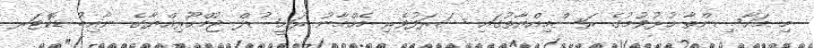
މި މަހާސިންތާ ހުޅުވުމުގެ ރަސްމިއްޔާތުގައި ޝަރަފުވެރި މެހްމާނު ރައީސުލް ޖުމްހޫރިއްޔާގެ ނާއިބު ޑޮކްޓަރ